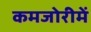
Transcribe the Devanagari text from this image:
कमजोरीमें